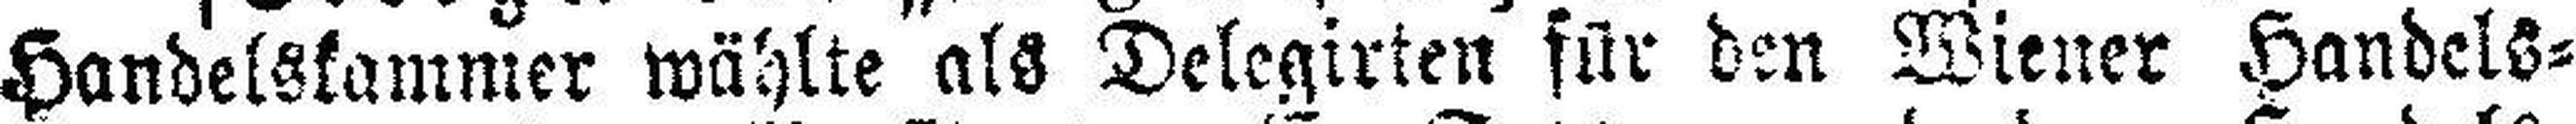
Handelskammer wählte als Delegirten für den Wiener Handels¬